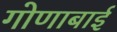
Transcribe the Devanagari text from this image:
गोणाबाई